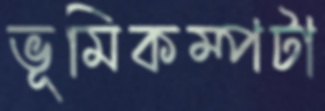
ভূমিকম্পটা